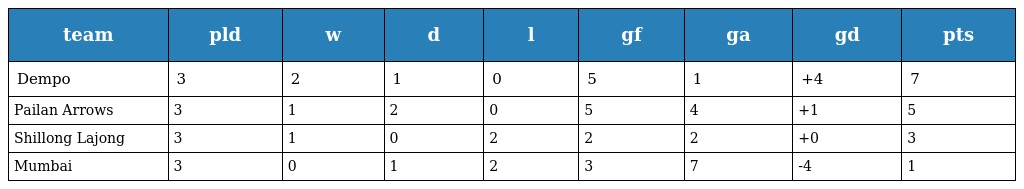
| team | pld | w | d | l | gf | ga | gd | pts |
 | --- | --- | --- | --- | --- | --- | --- | --- | --- |
 | Dempo | 3 | 2 | 1 | 0 | 5 | 1 | +4 | 7 |
 | Pailan Arrows | 3 | 1 | 2 | 0 | 5 | 4 | +1 | 5 |
 | Shillong Lajong | 3 | 1 | 0 | 2 | 2 | 2 | +0 | 3 |
 | Mumbai | 3 | 0 | 1 | 2 | 3 | 7 | -4 | 1 |